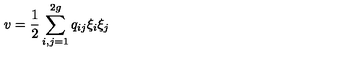
v = \frac { 1 } { 2 } \sum _ { i , j = 1 } ^ { 2 g } q _ { i j } \xi _ { i } \xi _ { j }